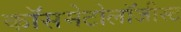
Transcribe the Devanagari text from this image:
कॉसमेटोलॉजीस्ट